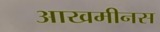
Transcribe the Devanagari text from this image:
आखमीनस